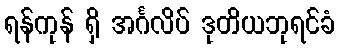
ရန်ကုန် ရှိ အင်္ဂလိပ် ဒုတိယဘုရင်ခံ